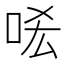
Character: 㖁